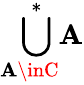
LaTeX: {\underset{\mathbf{A}\inC}{\, \, \bigcup^{*}\! }}\mathbf{A}